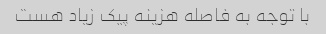
با توجه به فاصله هزینه پیک زیاد هست